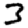
Digit: 3